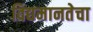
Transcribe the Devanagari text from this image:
विद्यमानतेचा